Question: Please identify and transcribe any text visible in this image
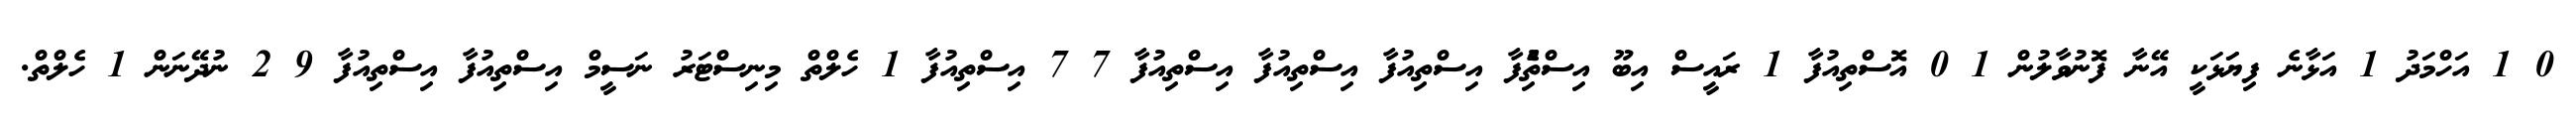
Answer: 0 1 އަހްމަދު 1 އަޅާނެ ފިޔަަޅަކީ އޭނާ ފޮނުވާލުން 1 0 އޮސްތިއުފާ 1 ރައީސް އިބޫ އިސްތިެުފާ އިސްތިއުފާ އިސްތިއުފާ އިސްތިއުފާ 7 7 އިސްތިއުފާ 1 ހެލްތް މިނިސްޓަރު ނަސީމް އިސްތިއުފާ އިސްތިއުފާ 9 2 ނުދޭނަން 1 ހެލްތް.